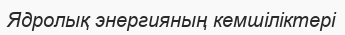
Ядролық энергияның кемшіліктері